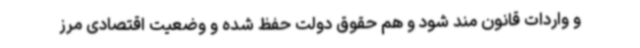
و واردات قانون مند شود و هم حقوق دولت حفظ شده و وضعیت اقتصادی مرز